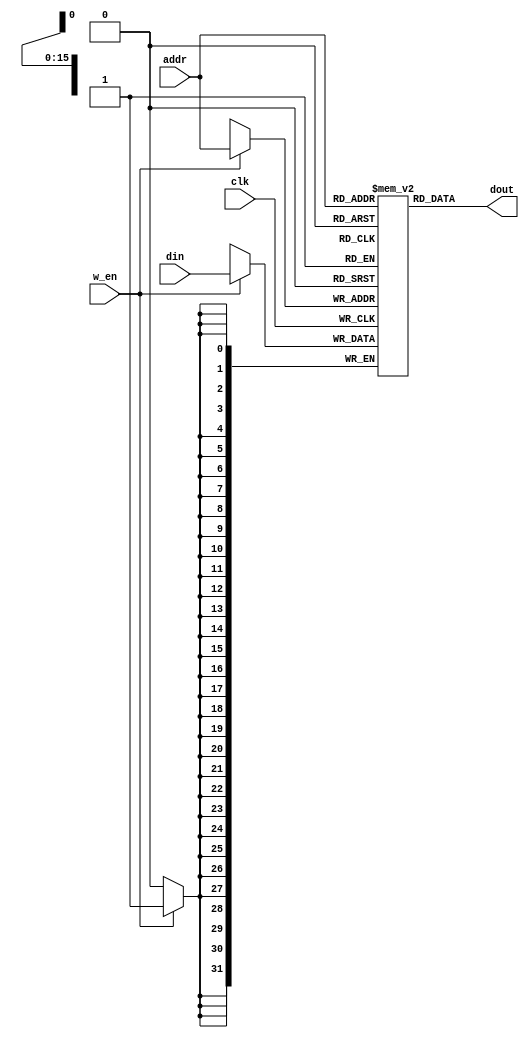
/* 
Single cycle RISC-V CPU (RV32I)
Author: Mehran Goli
Version: 1.0
Date: 01-10-2020
*/

`timescale 1ns/1ns
	
module Data_Memory #(parameter m = 16, n = 32) 
	(input clk,w_en,
	 input [m-1:0] addr,
	 input [n-1:0] din,
	 output [n-1:0] dout);

	parameter mem_size = 65536; // 2^m
	reg [n-1:0] RAM [0:mem_size-1];
	
	always@(posedge clk) begin
		if (w_en)
			RAM[addr] <= din;	
	end
	
	assign dout = RAM[addr];

endmodule